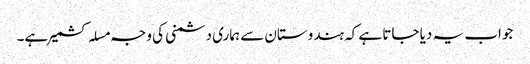
جواب یہ دیا جاتا ہے کہ ہندوستان سے ہماری دشمنی کی وجہ مسلہ کشمیر ہے۔